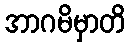
အာဂမိမှာတိ